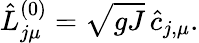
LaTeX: \hat{L}_{j\mu}^{(0)}=\sqrt{gJ}\, \hat{c}_{j,\mu}.